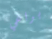
براغي